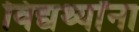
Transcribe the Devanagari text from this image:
विद्यर्थ्यांना